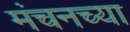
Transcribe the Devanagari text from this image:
मंचनच्या